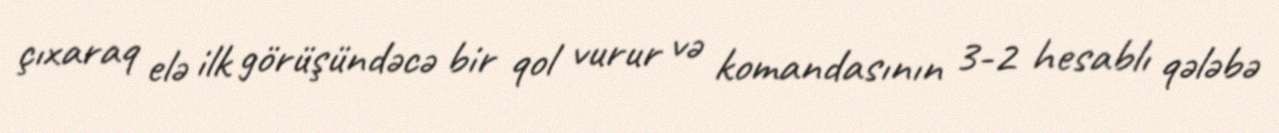
çıxaraq elə ilk görüşündəcə bir qol vurur və komandasının 3-2 hesablı qələbə